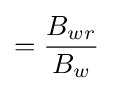
={\frac {B_{wr}}{B_{w}}}